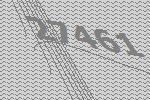
27461